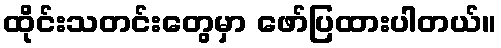
ထိုင်းသတင်းတွေမှာ ဖော်ပြထားပါတယ်။